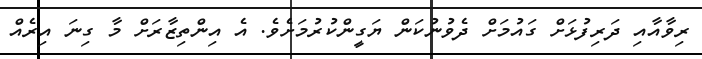
ރިވާއާއި ދަރިފުޅަށް ގައުމަށް ދެވުނުކަން ޔަގީންކުރުމަށެވެ. އެ އިންތިޒާރަށް މާ ގިނަ އިރެއް